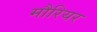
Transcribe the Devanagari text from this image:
मौरियर